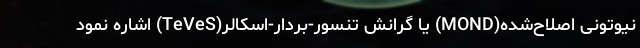
نیوتونی اصلاح‌شده(MOND) یا گرانش تنسور-بردار-اسکالر(TeVeS) اشاره نمود